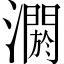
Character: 𤂷